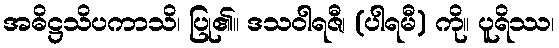
အဓိဋ္ဌသိပကာသိ၊ ပြု၏။ ဒသဝါရဇီ၊ (ပါရမီ) ကို။ ပူရိဿ၊